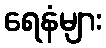
ရေနံများ